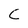
Character: C